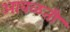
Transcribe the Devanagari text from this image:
आवळती